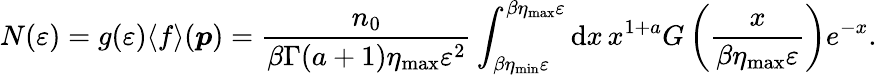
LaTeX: N(\varepsilon)=g(\varepsilon)\langle f\rangle(\boldsymbol{p})=\frac{n_{0}}{\beta\Gamma(a+1)\eta_{\mathrm{max}}\varepsilon^{2}}\int_{\beta\eta_{\mathrm{min}}\varepsilon}^{{\beta\eta_{\mathrm{max}}\varepsilon}}\mathrm{d}x\, x^{1+a}G\left(\frac{x}{\beta\eta_{\mathrm{max}}\varepsilon}\right)e^{-x}.